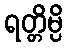
ရတ္တိမ္ပိ